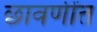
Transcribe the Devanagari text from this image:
छावणींत